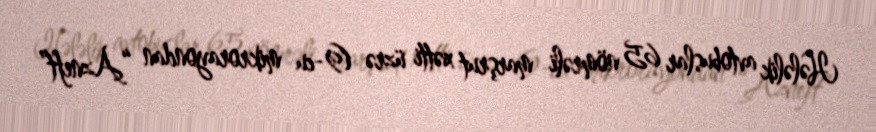
Hələlik avtobuslar 65 nömrəli marşrut xətti üzrə (9-cu mikrorayondan “Azneft”